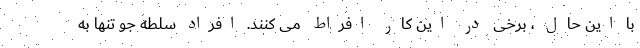
با این حال ، برخی در این کار افراط می کنند. افراد سلطه جو تنها به